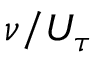
{ \nu } / { U _ { \tau } }